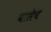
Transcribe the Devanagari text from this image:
वासेच